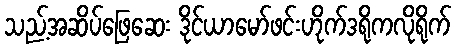
သည့်အဆိပ်ဖြေဆေး ဒိုင်ယာမော်ဖင်းဟိုက်ဒရိုကလိုရိုက်